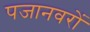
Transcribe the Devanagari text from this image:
पजानवरों